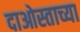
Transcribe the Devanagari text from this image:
दाओस्ताच्या